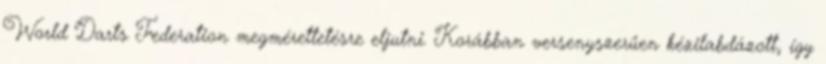
World Darts Federation megmérettetésre eljutni. Korábban versenyszerűen kézilabdázott, így